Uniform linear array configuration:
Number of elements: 24
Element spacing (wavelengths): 0.25
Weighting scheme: kaiser
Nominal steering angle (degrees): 30
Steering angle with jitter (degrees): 30.133
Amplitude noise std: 0.05
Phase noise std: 0.05

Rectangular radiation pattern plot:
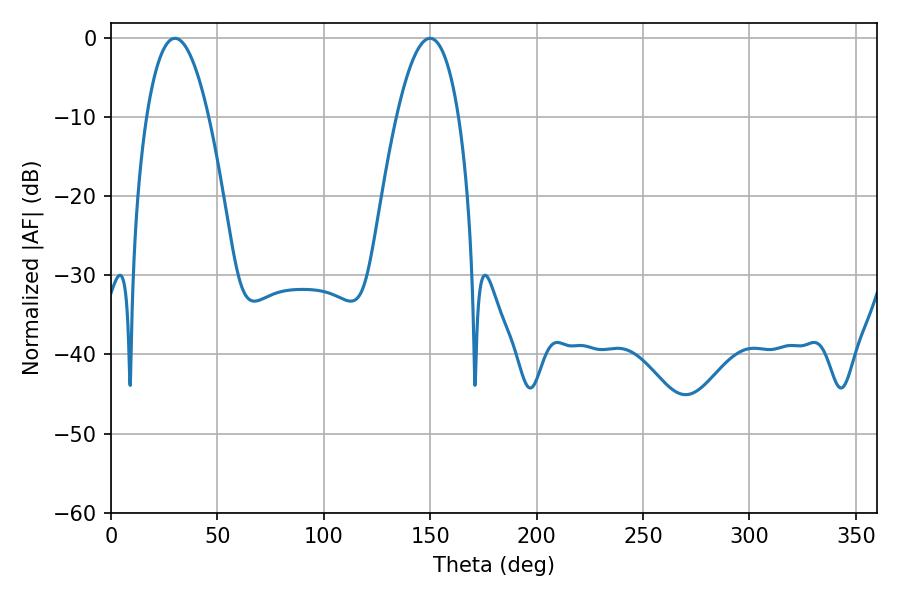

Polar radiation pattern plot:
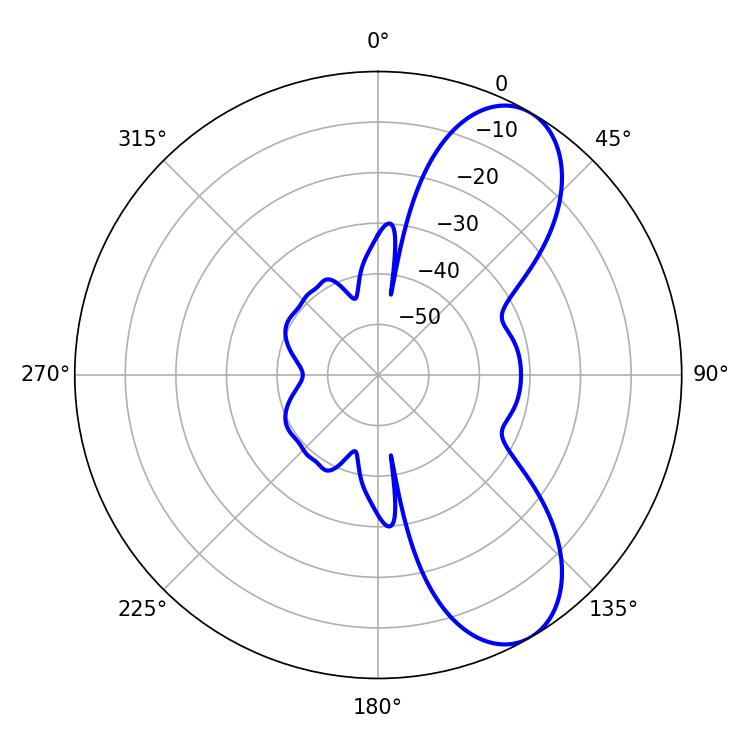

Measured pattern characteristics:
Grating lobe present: FALSE
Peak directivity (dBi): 8.143
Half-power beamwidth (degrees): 16.2
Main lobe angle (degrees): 30.06